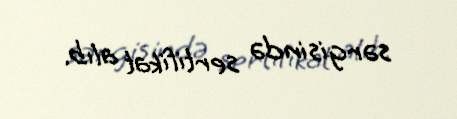
sərgisində sertifikat alıb.